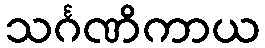
သင်္ဂဏိကာယ